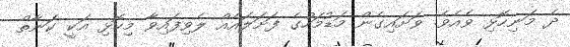
ދެ މަނިހޮޅި ވެއެވެ. ވަށައިގެން މަޑުމަހުގެ ފަށަލައެއް ލެވިފައިވާ މިހޮޅި އަކީ ކަނާތް